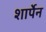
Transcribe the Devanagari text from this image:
शार्पेन